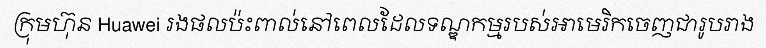
ក្រុមហ៊ុន Huawei រងផលប៉ះពាល់នៅពេលដែលទណ្ឌកម្មរបស់អាមេរិកចេញជារូបរាង